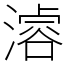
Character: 𣽊